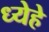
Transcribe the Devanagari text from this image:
ध्येहे